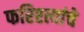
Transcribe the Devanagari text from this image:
फरिश्त्यांचे